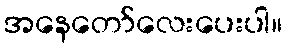
အနေတော်လေးပေးပါ။